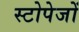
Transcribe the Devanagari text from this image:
स्टोपेजों